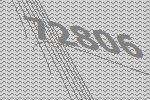
72806